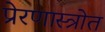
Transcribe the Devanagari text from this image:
प्रेरणास्‍त्रोत